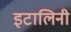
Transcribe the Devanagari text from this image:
इटालिनी